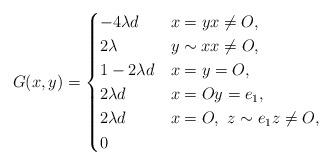
LaTeX: \begin{align*}G(x,y)=\begin{cases}-4\lambda d & x=yx\neq O,\\2\lambda & y\sim x x\neq O,\\1-2\lambda d & x=y=O,\\2\lambda d & x=Oy=e_1,\\2\lambda d & x=O,~z\sim e_1 z\neq O, \\0 &\end{cases}\end{align*}